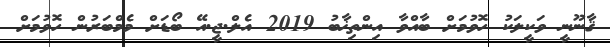
ޤާނޫނީ ވަކީލަކު ހޮވުމަށް ބާއްވާ އިންތިޚާބު 2019 އެލް.ޖީ.އޭ ބޯޑަށް މެމްބަރުން ހޮވުމަށް